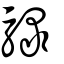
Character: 騄